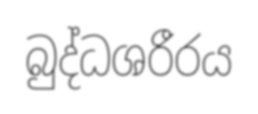
බුද්ධශරීරය